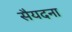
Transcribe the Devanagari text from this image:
सैयदना